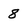
Character: 8